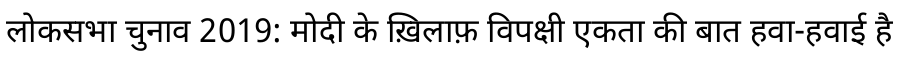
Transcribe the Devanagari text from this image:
लोकसभा चुनाव 2019: मोदी के ख़िलाफ़ विपक्षी एकता की बात हवा-हवाई है